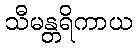
သီမန္တရိကာယ